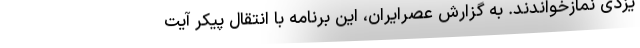
یزدی نمازخواندند. به گزارش عصرایران، این برنامه با انتقال پیکر آیت